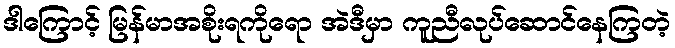
ဒါကြောင့် မြန်မာအစိုးရကိုရော အဲဒီမှာ ကူညီလုပ်ဆောင်နေကြတဲ့